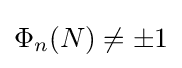
\Phi _{n}(N)\neq \pm 1